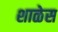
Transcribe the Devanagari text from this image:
शाळेस